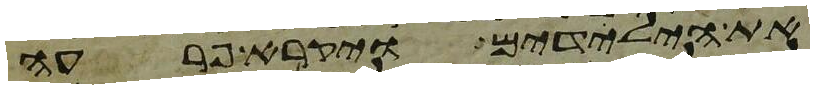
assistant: את הילדים ויקרא פרעה